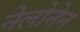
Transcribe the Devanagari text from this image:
नेलोनेन